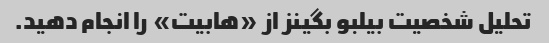
تحلیل شخصیت بیلبو بگینز از «هابیت» را انجام دهید.